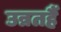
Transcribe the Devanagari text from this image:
उन्नतहैं